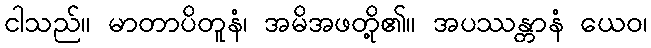
ငါသည်။ မာတာပိတူနံ၊ အမိအဖတို့၏။ အပဿန္တာနံ ယေဝ၊